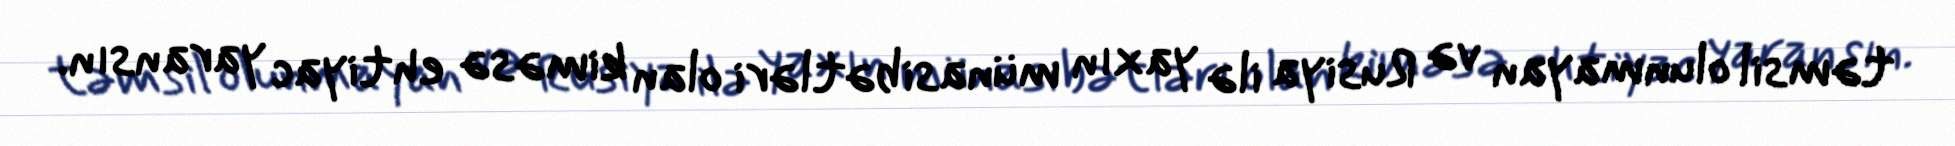
təmsil olunmayan və Rusiya ilə yaxın münasibətləri olan kiməsə ehtiyac yaransın.